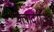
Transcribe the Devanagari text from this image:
क्लादरीज